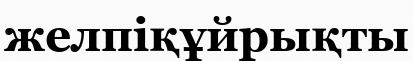
желпіқұйрықты